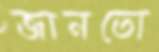
জানতো